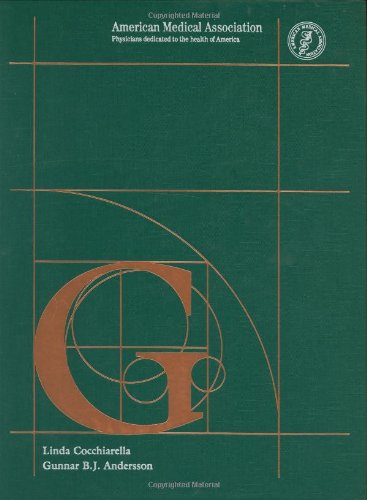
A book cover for Guides to the Evaluation of Permanent Impairment, Fifth Edition; Gunnar B. J. Andersson; Medical Books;